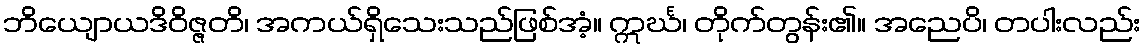
ဘိယျောယဒိဝိဇ္ဇတိ၊ အကယ်ရှိသေးသည်ဖြစ်အံ့။ ဣင်္ဃ၊ တိုက်တွန်း၏။ အညေပိ၊ တပါးလည်း